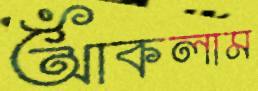
আঁকলাম